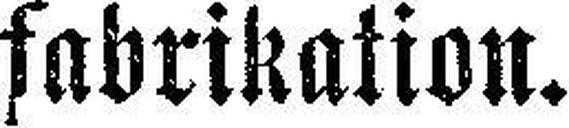
fabrikation.